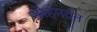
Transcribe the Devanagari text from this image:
स्नेहमर्दन